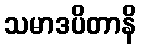
သမာဒပိတာနိ